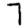
Digit: 7